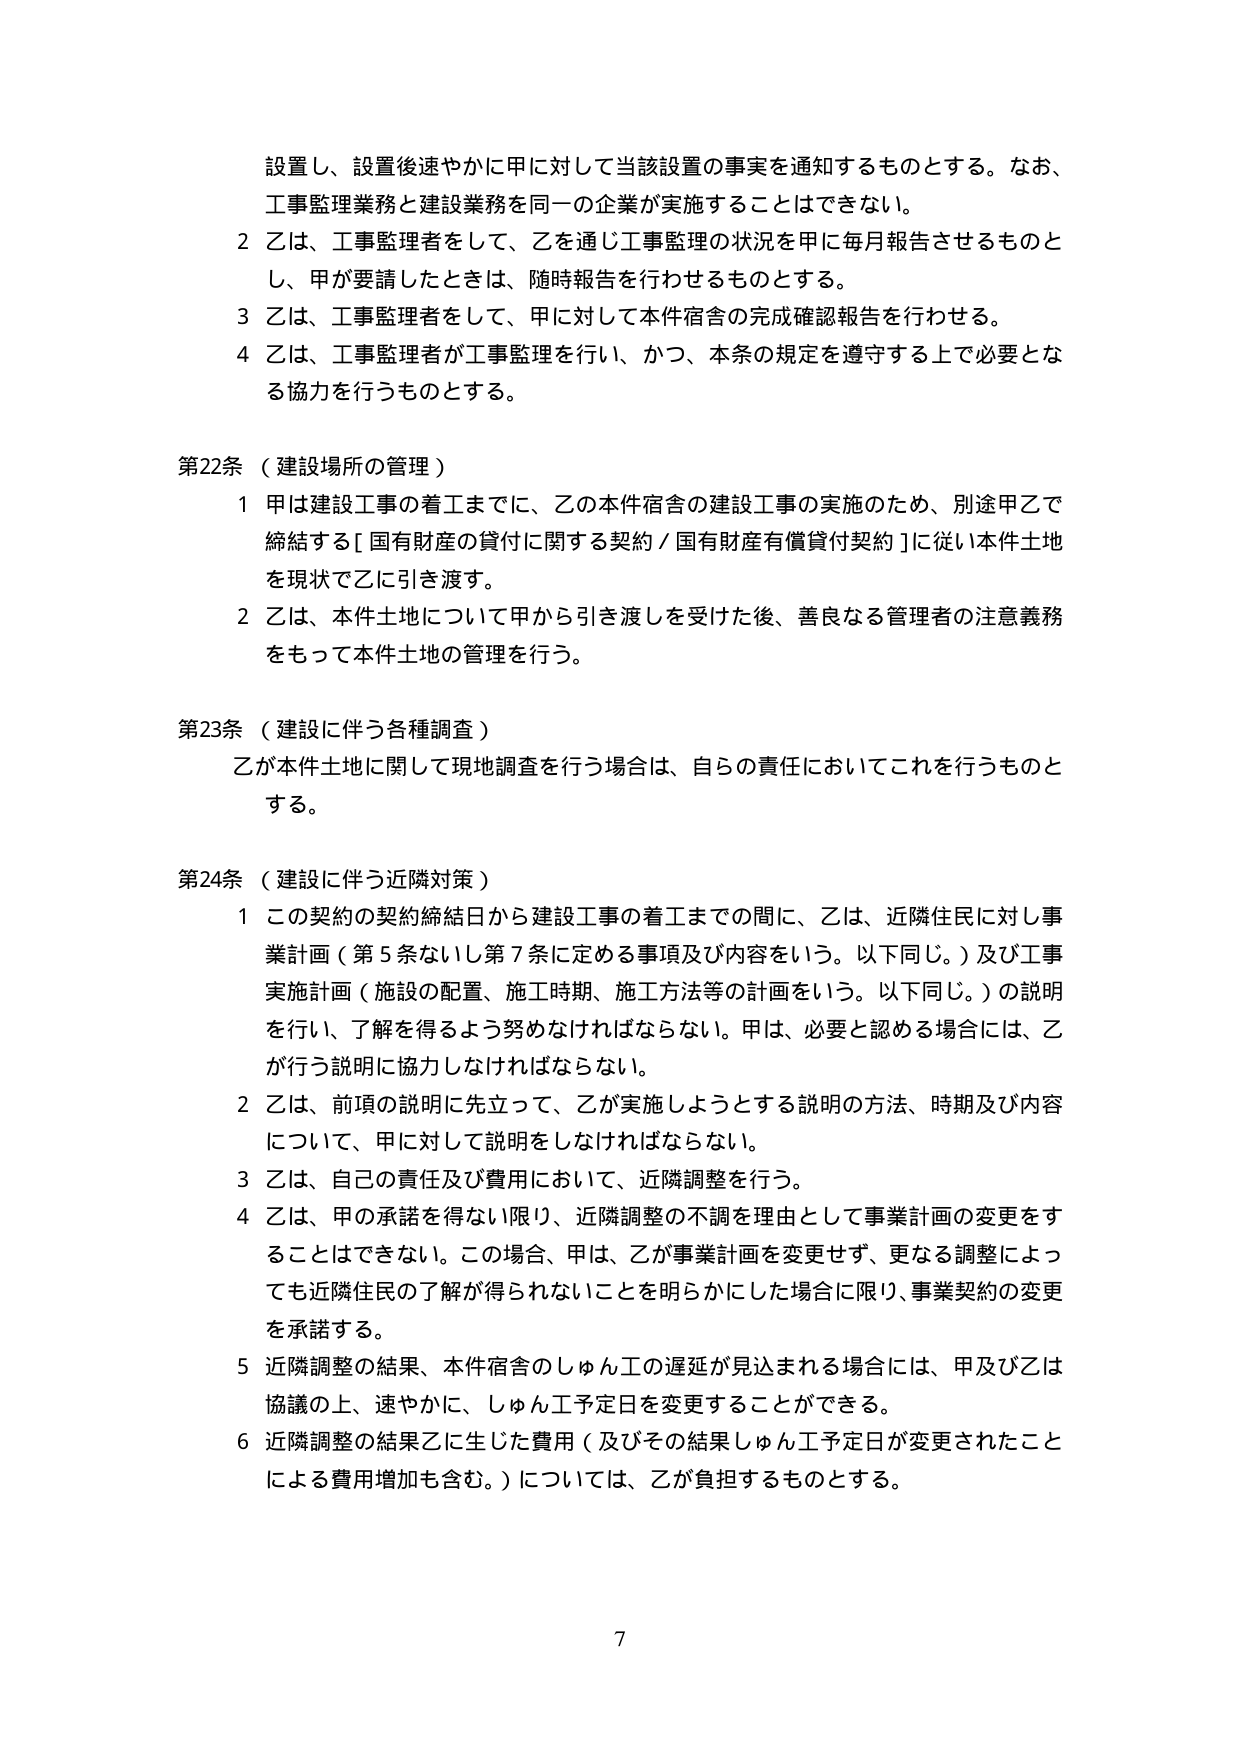
設置し、設置後速やかに甲に対して当該設置の事実を通知するものとする。なお、
工事監理業務と建設業務を同一の企業が実施することはできない。
2 乙は、工事監理者をして、乙を通じ工事監理の状況を甲に毎月報告させるものと
し、甲が要請したときは、随時報告を行わせるものとする。
3 乙は、工事監理者をして、甲に対して本件宿舎の完成確認報告を行わせる。
4 乙は、工事監理者が工事監理を行い、かつ、本条の規定を遵守する上で必要とな
る協力を行うものとする。

第22条（建設場所の管理）
1 甲は建設工事の着工までに、乙の本件宿舎の建設工事の実施のため、別途甲乙で
締結する[国有財産の貸付に関する契約／国有財産有償貸付契約]に従い本件土地
を現状で乙に引き渡す。
2 乙は、本件土地について甲から引き渡しを受けた後、善良なる管理者の注意義務
をもって本件土地の管理を行う。

第23条（建設に伴う各種調査）
乙が本件土地に関して現地調査を行う場合は、自らの責任においてこれを行うものと
する。

第24条（建設に伴う近隣対策）
1 この契約の契約締結日から建設工事の着工までの間に、乙は、近隣住民に対し事
業計画（第5条ないし第7条に定める事項及び内容をいう。以下同じ。）及び工事
実施計画（施設の配置、施工時期、施工方法等の計画をいう。以下同じ。）の説明
を行い、了解を得るよう努めなければならない。甲は、必要と認める場合には、乙
が行う説明に協力しなければならない。
2 乙は、前項の説明に先立って、乙が実施しようとする説明の方法、時期及び内容
について、甲に対して説明をしなければならない。
3 乙は、自己の責任及び費用において、近隣調整を行う。
4 乙は、甲の承諾を得ない限り、近隣調整の不調を理由として事業計画の変更をす
ることはできない。この場合、甲は、乙が事業計画を変更せず、更なる調整によっ
ても近隣住民の了解が得られないことを明らかにした場合に限り、事業契約の変更
を承諾する。
5 近隣調整の結果、本件宿舎のしゅん工の遅延が見込まれる場合には、甲及び乙は
協議の上、速やかに、しゅん工予定日を変更することができる。
6 近隣調整の結果乙に生じた費用（及びその結果しゅん工予定日が変更されたこと
による費用増加も含む。）については、乙が負担するものとする。

7